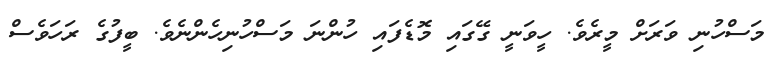
މަސްހުނި ވަރަށް މީރެވެ. ހީވަނީ ގޭގައި މޮޑެފައި ހުންނަ މަސްހުނިހެންނެވެ. ބީފުގެ ރަހަވެސް